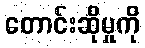
တောင်းဆိုမှုကို